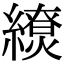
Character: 𦆖